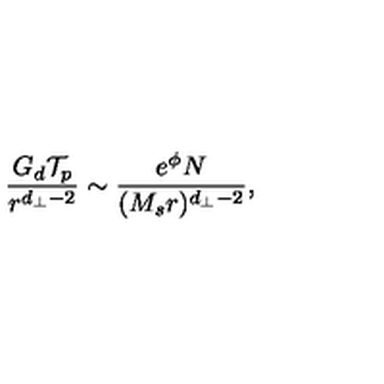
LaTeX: { \frac { G _ { d } { \cal T } _ { p } } { r ^ { d _ { \perp } - 2 } } } \sim { \frac { e ^ { \phi } N } { ( M _ { s } r ) ^ { d _ { \perp } - 2 } } } ,